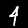
Digit: 4